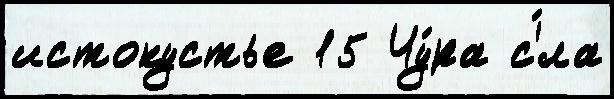
истокустье 15 Чу́ра с'́ла